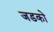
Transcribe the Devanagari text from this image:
जडको